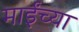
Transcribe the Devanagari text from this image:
माईंच्या